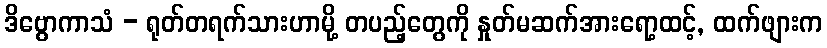
ဒိဗွောကာသံ - ရုတ်တရက်သားဟာမို့ တပည့်တွေကို နှုတ်မဆက်အားရော့ထင့်, ထက်ဖျားက